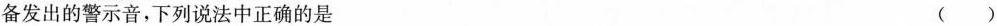
备发出的警示音，下列说法中正确的是 ( )